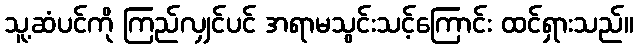
သူ့ဆံပင်ကို ကြည်လျှင်ပင် အရာမသွင်းသင့်ကြောင်း ထင်ရှားသည်။